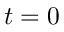
t = 0